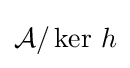
{\mathcal {A}}/\mathop {\mathrm {ker} } \,h